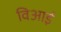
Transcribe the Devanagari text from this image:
विआई